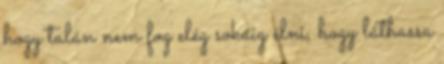
hogy talán nem fog elég sokáig élni, hogy láthassa